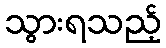
သွားရသည့်